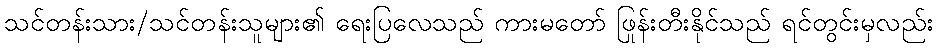
သင်တန်းသား/သင်တန်းသူများ၏ ရေးပြလေသည် ကားမတော် ဖြုန်းတီးနိုင်သည် ရင်တွင်းမှလည်း